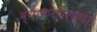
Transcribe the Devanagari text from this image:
व्याकरणाच्या़